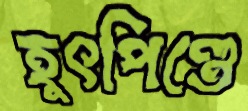
হূৎপিণ্ডে